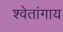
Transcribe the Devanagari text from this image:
श्वेतांगाय